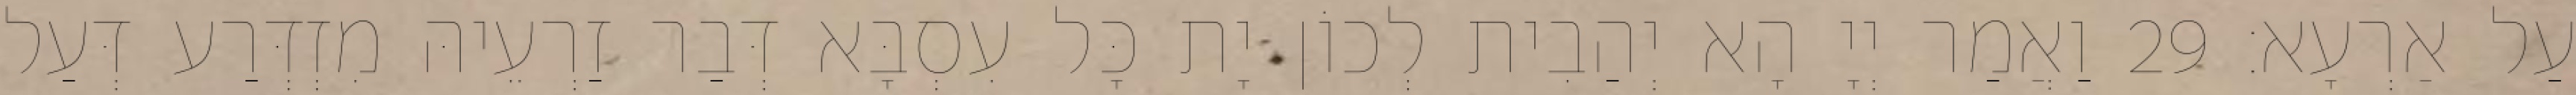
עַל אַרְעָא׃ 29 וַאֲמַר יְיָ הָא יְהַבִית לְכוֹן יָת כָּל עִסְבָּא דְּבַר זַרְעֵיהּ מִזְדְּרַע דְּעַל